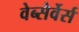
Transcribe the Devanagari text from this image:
वेब्सेर्वेर्स